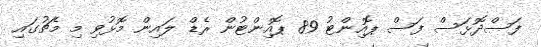
ފަސްދޮޅަސް ފަސް ޕޮއިންޓު 89 ޕޮއިންޓުން ރެޑް ލައިން މޮޅުވި މި މެޗުގައި